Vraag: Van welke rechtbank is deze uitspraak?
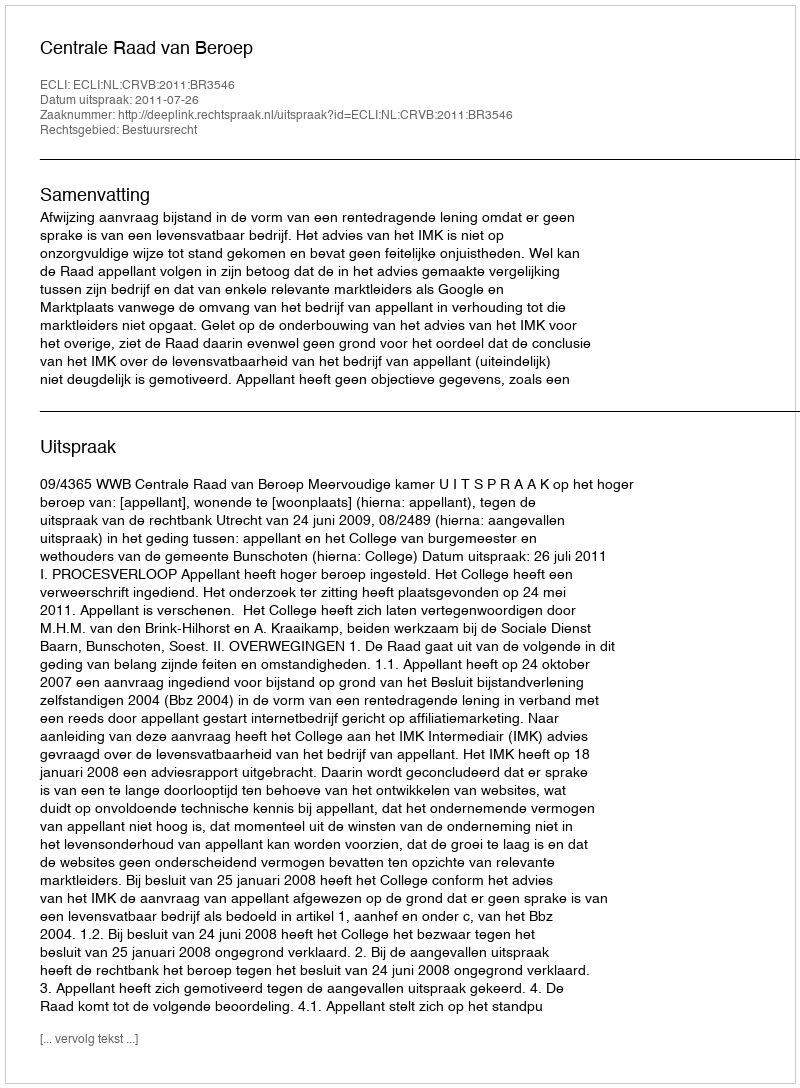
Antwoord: Centrale Raad van Beroep